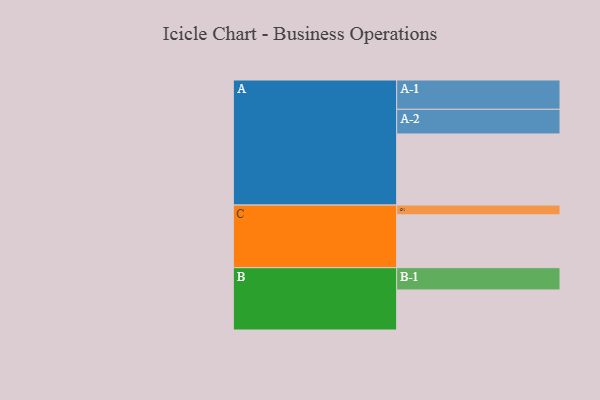
{"axis": {"x": "Segment", "y": "Value"}, "legend": ["", "A", "B", "C"], "data": [{"x": "A", "y": 568, "type": ""}, {"x": "B", "y": 320, "type": ""}, {"x": "C", "y": 422, "type": ""}, {"x": "A-1", "y": 234, "type": "A"}, {"x": "A-2", "y": 197, "type": "A"}, {"x": "B-1", "y": 178, "type": "B"}, {"x": "C-1", "y": 78, "type": "C"}]}